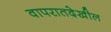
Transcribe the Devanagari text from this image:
वापरातदेखील